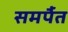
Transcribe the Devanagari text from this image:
समर्पैत